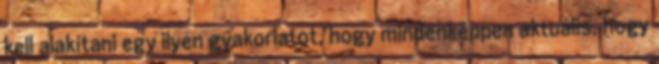
kell alakítani egy ilyen gyakorlatot, hogy mindenképpen aktuális, hogy